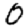
Digit: 0